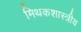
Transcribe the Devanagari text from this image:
मिथकशास्त्रीय